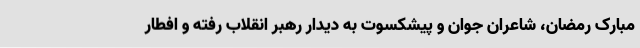
مبارک رمضان، شاعران جوان و پیشکسوت به دیدار رهبر انقلاب رفته و افطار